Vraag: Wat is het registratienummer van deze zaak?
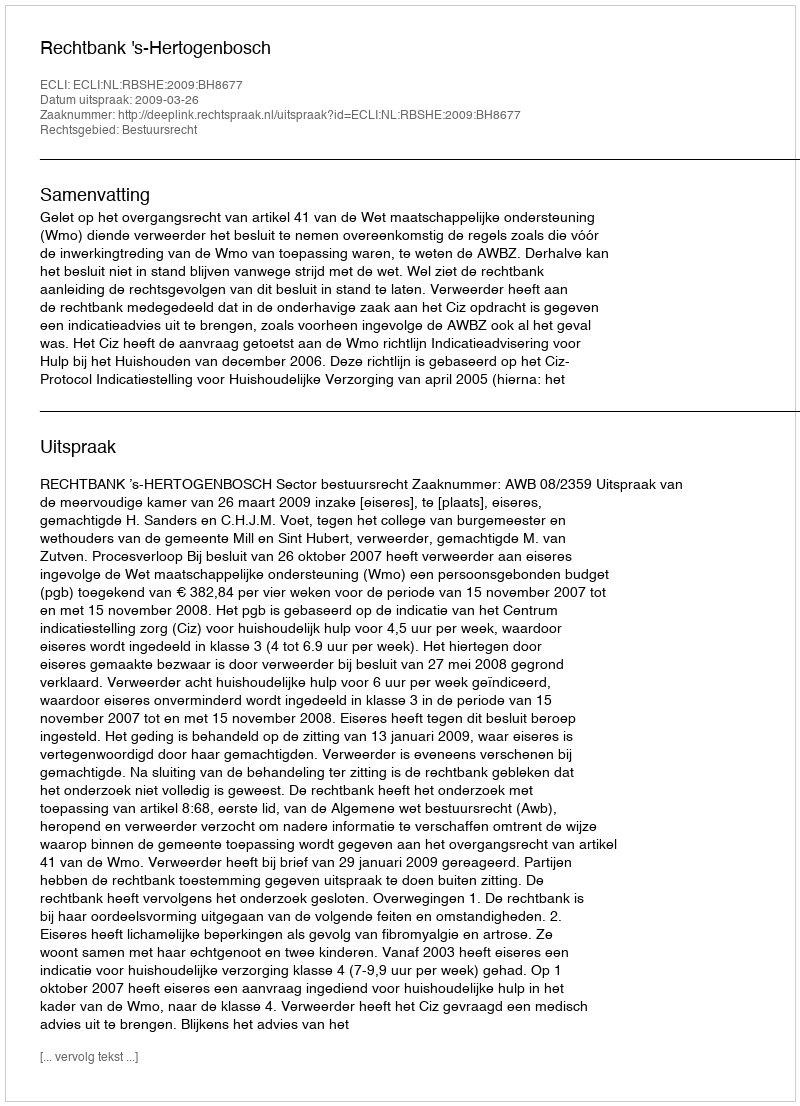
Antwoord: http://deeplink.rechtspraak.nl/uitspraak?id=ECLI:NL:RBSHE:2009:BH8677